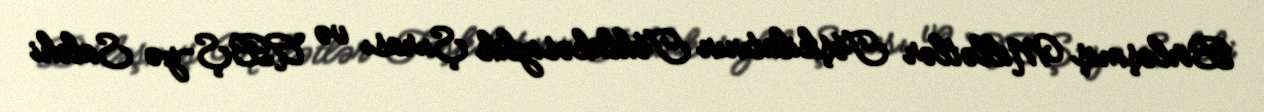
Birləşmiş Millətlər Təşkilatının Təhlükəsizlik Şurası və ABŞ-yə Salehi